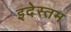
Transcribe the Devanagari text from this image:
इदेस्तम